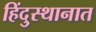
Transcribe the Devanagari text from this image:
हिंदु्स्थानात